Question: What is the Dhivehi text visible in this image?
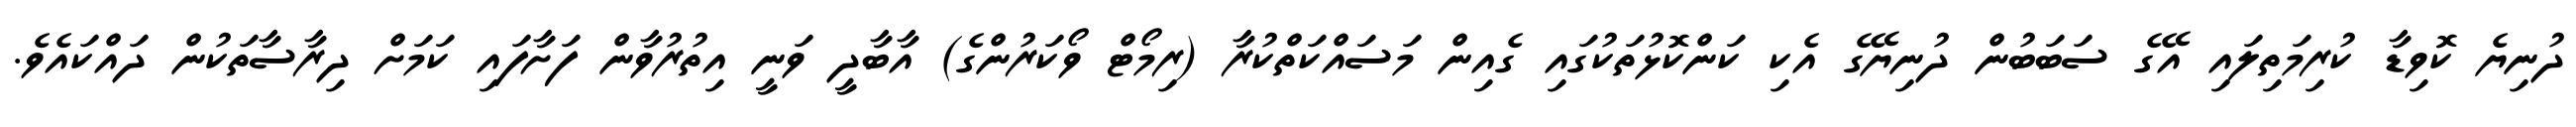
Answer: ދުނިޔެ ކޮވިޑާ ކުރިމަތިލައި އޭގެ ސަބަބުން ދުނިޔޭގެ އެކި ކަންކޮޅުތަކުގައި ގެއިން މަސައްކަތްކުރާ (ރިމޯޓް ވޯކަރުންގެ) އާބާދީ ވަނީ އިތުރުވާން ފަށާފައި ކަމަށް ދިރާސާތަކުން ދައްކައެވެ.